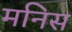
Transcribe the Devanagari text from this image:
मनिस